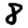
Digit: 8